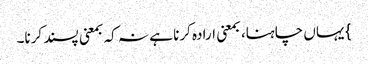
} یہاں چاہنا، بمعنی ارادہ کرنا ہے نہ کہ بمعنی پسند کرنا۔